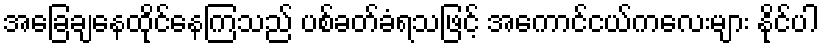
အခြေချနေထိုင်နေကြသည် ပစ်ခတ်ခံရသဖြင့် အကောင်ငယ်ကလေးများ နိုင်ပါ